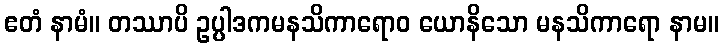
ဧတံ နာမံ။ တဿာပိ ဥပ္ပါဒကမနသိကာရောဝ ယောနိသော မနသိကာရော နာမ။